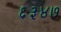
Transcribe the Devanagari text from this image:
६३४७